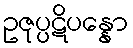
ဥဇုပ္ပဋိပန္နော